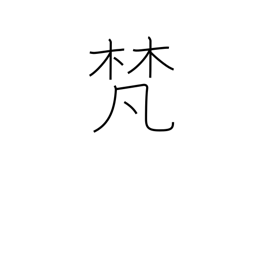
Meaning: Buddhist